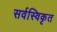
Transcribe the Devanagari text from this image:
सर्वस्विकृत